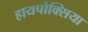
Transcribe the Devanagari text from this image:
हायपोक्सिया